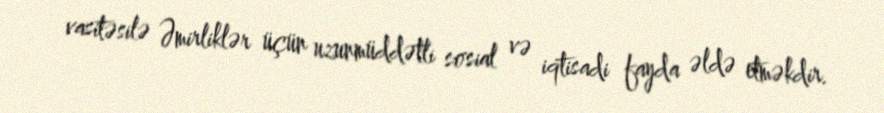
vasitəsilə Əmirliklər üçün uzunmüddətli sosial və iqtisadi fayda əldə etməkdir.